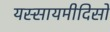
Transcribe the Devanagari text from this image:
यस्सायमीदिसो